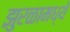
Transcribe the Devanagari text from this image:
झुरळामध्ये